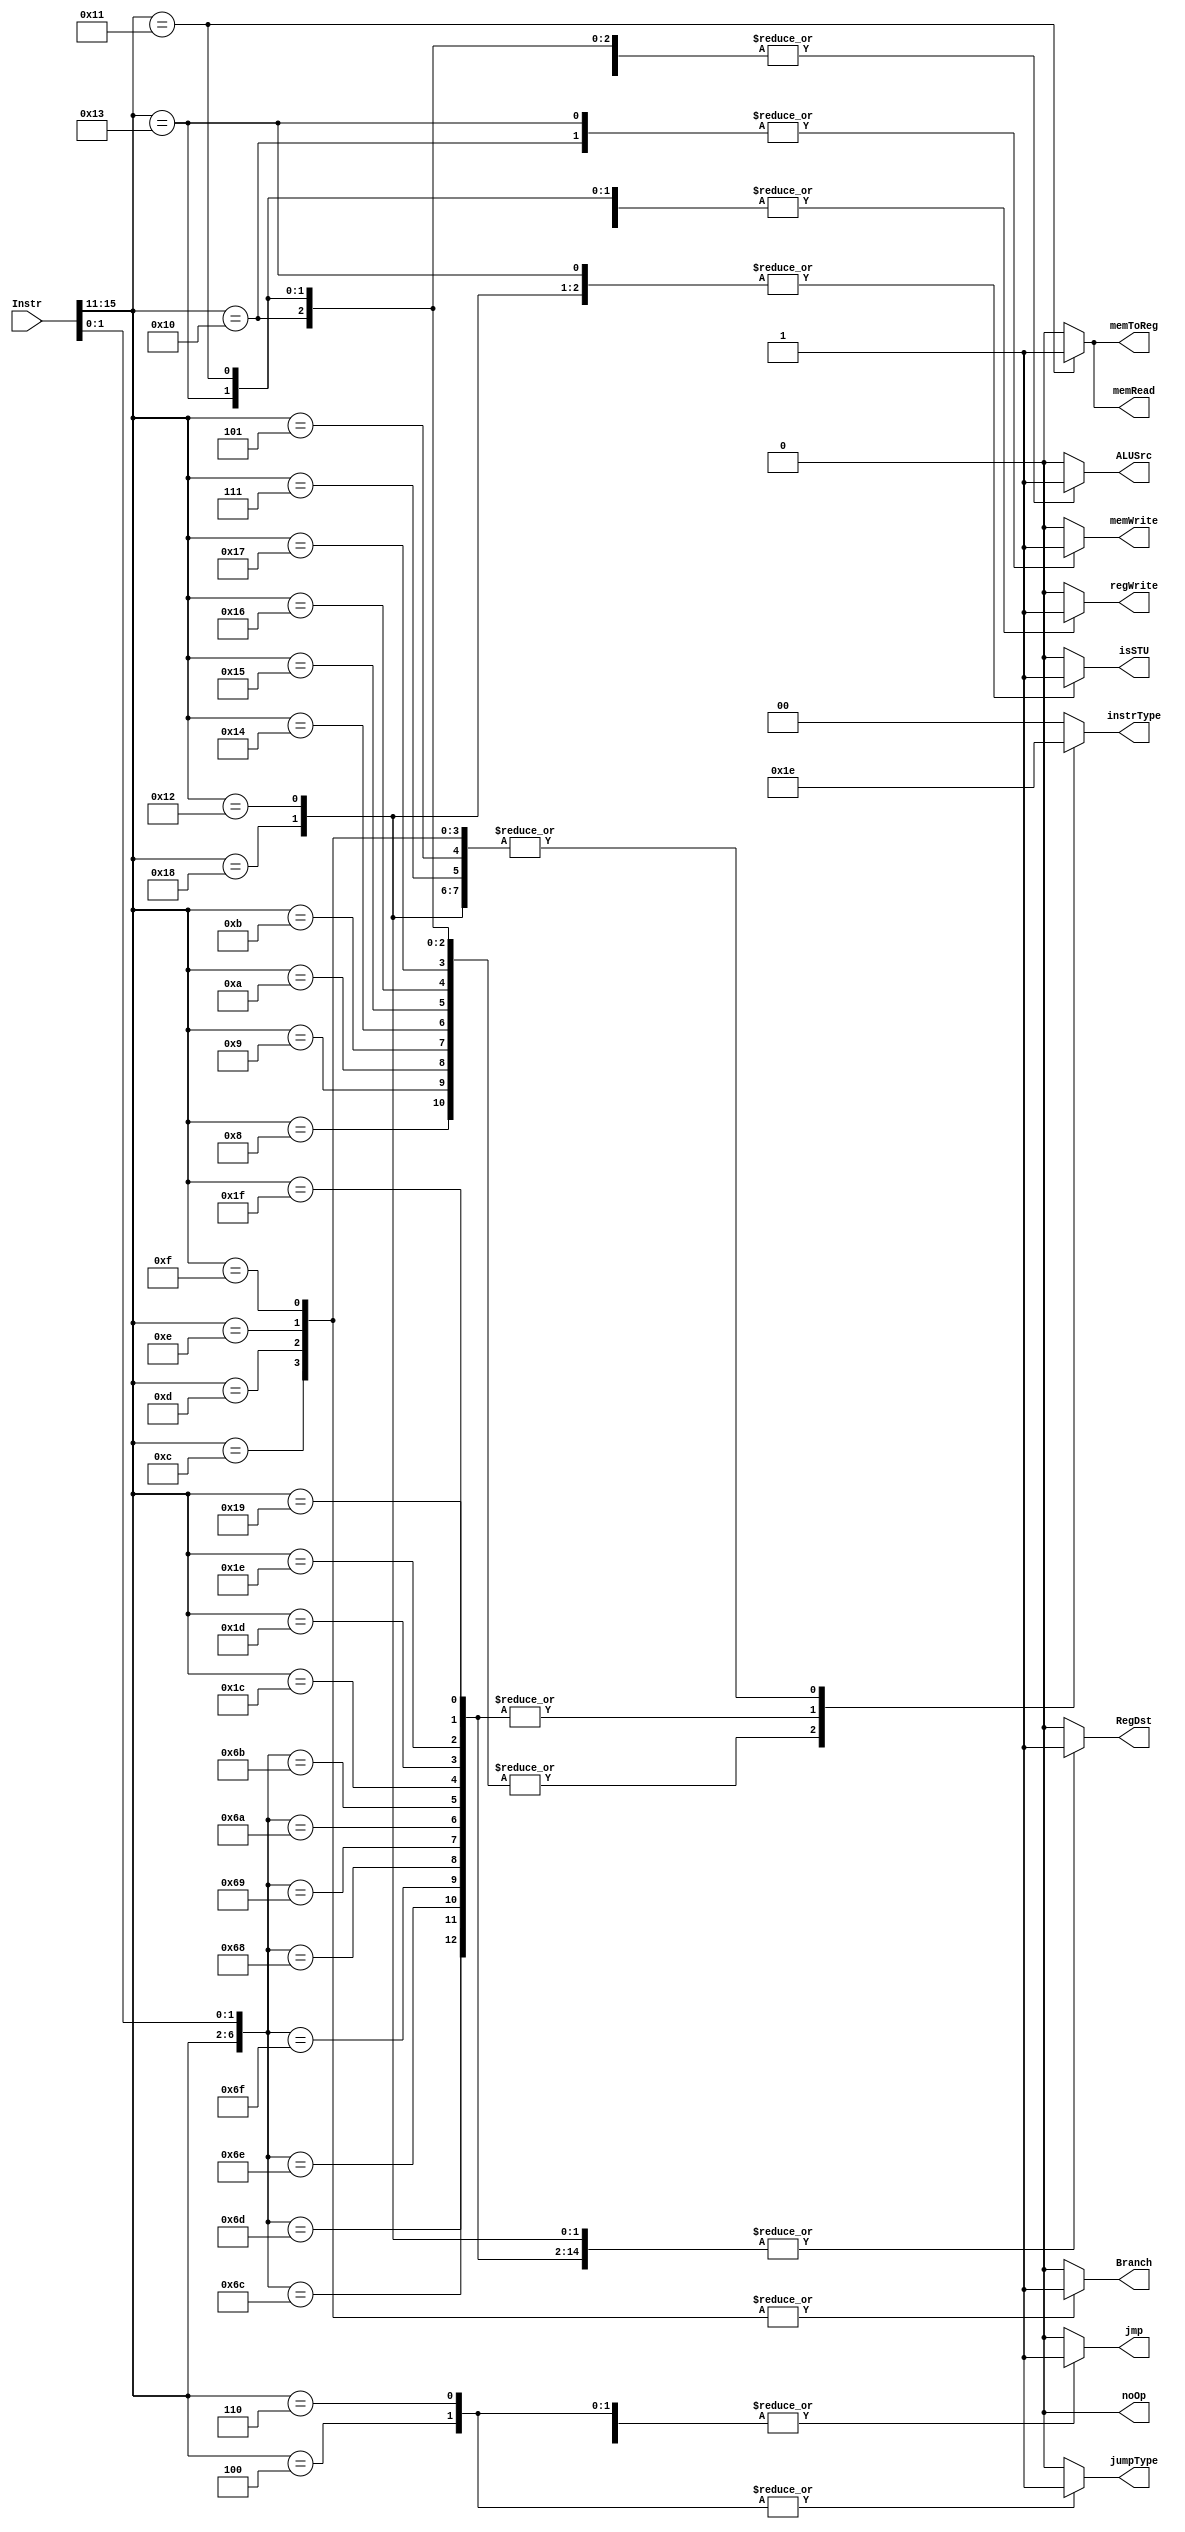
module control(Instr, jumpType, regWrite, RegDst, isSTU, jmp, Branch, memWrite, memRead, memToReg, ALUSrc, instrType, noOp);

	input [15:0] Instr;
	output reg jumpType, regWrite, RegDst, isSTU, jmp, Branch, memWrite, memRead, memToReg, ALUSrc, noOp;
	output reg [1:0] instrType;
	
	always @(*) begin
			
		//LBI = 1'b0;
		jumpType = 1'b0;
		regWrite = 1'b0;
		RegDst = 1'b0;
		isSTU = 1'b0;
		jmp = 1'b0;
		Branch = 1'b0;
		memWrite = 1'b0;
		memRead = 1'b0;
		memToReg = 1'b0;
		ALUSrc = 1'b0;
		noOp = 1'b0;
		//SLBI = 1'b0;
		instrType = 2'b00;
			
		casex({Instr[15:11], Instr[1:0]})
			// BEGIN I-FORMAT 1: encoding 2'b01
			// ADDI
			7'b0_1000_xx: begin
			
				instrType = 2'b01;
				//LBI = 1'b0;
				jumpType = 1'b0;
				regWrite = 1'b1;
				RegDst = 1'b0;
				isSTU = 1'b0;
				jmp = 1'b0;
				Branch = 1'b0;
				memWrite = 1'b0;
				memRead = 1'b0;
				memToReg = 1'b0;
				ALUSrc = 1'b1;
				noOp = 1'b0;
				//SLBI = 1'b0;					
			end
			
			//SUBI
			7'b0_1001_xx: begin
			
				instrType = 2'b01;
				//LBI = 1'b0;
				jumpType = 1'b0;
				regWrite = 1'b1;
				RegDst = 1'b0;
				isSTU = 1'b0;
				jmp = 1'b0;
				Branch = 1'b0;
				memWrite = 1'b0;
				memRead = 1'b0;
				memToReg = 1'b0;
				ALUSrc = 1'b1;
				noOp = 1'b0;
				//SLBI = 1'b0;

			end
			
			//XORI
			7'b0_1010_xx: begin
				instrType = 2'b01;
				//LBI = 1'b0;
				jumpType = 1'b0;
				regWrite = 1'b1;
				RegDst = 1'b0;
				isSTU = 1'b0;
				jmp = 1'b0;
				Branch = 1'b0;
				memWrite = 1'b0;
				memRead = 1'b0;
				memToReg = 1'b0;
				ALUSrc = 1'b1;
				noOp = 1'b0;
				//SLBI = 1'b0;
			end

			//ANDNI
			7'b0_1011_xx: begin
				instrType = 2'b01;
				//LBI = 1'b0;
				jumpType = 1'b0;
				regWrite = 1'b1;
				RegDst = 1'b0;
				isSTU = 1'b0;
				jmp = 1'b0;
				Branch = 1'b0;
				memWrite = 1'b0;
				memRead = 1'b0;
				memToReg = 1'b0;
				ALUSrc = 1'b1;
				noOp = 1'b0;
				//SLBI = 1'b0;
			end	

			//ROLI
			7'b1_0100_xx: begin
				instrType = 2'b01;
				//LBI = 1'b0;
				jumpType = 1'b0;
				regWrite = 1'b1;
				RegDst = 1'b0;
				isSTU = 1'b0;
				jmp = 1'b0;
				Branch = 1'b0;
				memWrite = 1'b0;
				memRead = 1'b0;
				memToReg = 1'b0;
				ALUSrc = 1'b1;
				noOp = 1'b0;
				//SLBI = 1'b0;
			end	

			//SLLI
			7'b1_0101_xx: begin
				instrType = 2'b01;
				//LBI = 1'b0;
				jumpType = 1'b0;
				regWrite = 1'b1;
				RegDst = 1'b0;
				isSTU = 1'b0;
				jmp = 1'b0;
				Branch = 1'b0;
				memWrite = 1'b0;
				memRead = 1'b0;
				memToReg = 1'b0;
				ALUSrc = 1'b1;
				noOp = 1'b0;
				//SLBI = 1'b0;
			end	

			//RORI
			7'b1_0110_xx: begin
				instrType = 2'b01;
				//LBI = 1'b0;
				jumpType = 1'b0;
				regWrite = 1'b1;
				RegDst = 1'b0;
				isSTU = 1'b0;
				jmp = 1'b0;
				Branch = 1'b0;
				memWrite = 1'b0;
				memRead = 1'b0;
				memToReg = 1'b0;
				ALUSrc = 1'b1;
				noOp = 1'b0;
				//SLBI = 1'b0;
			end

			//SRLI
			7'b1_0111_xx: begin
				instrType = 2'b01;
				//LBI = 1'b0;
				jumpType = 1'b0;
				regWrite = 1'b1;
				RegDst = 1'b0;
				isSTU = 1'b0;
				jmp = 1'b0;
				Branch = 1'b0;
				memWrite = 1'b0;
				memRead = 1'b0;
				memToReg = 1'b0;
				ALUSrc = 1'b1;
				noOp = 1'b0;
				//SLBI = 1'b0;
			end

			//ST
			7'b1_0000_xx: begin
				instrType = 2'b01;
				//LBI = 1'b0;
				jumpType = 1'b0;
				regWrite = 1'b0;
				RegDst = 1'b0;
				isSTU = 1'b0;
				jmp = 1'b0;
				Branch = 1'b0;
				memWrite = 1'b1;
				memRead = 1'b0;
				memToReg = 1'b0;
				ALUSrc = 1'b1;
				noOp = 1'b0;
				//SLBI = 1'b0;
			end

			//LD
			7'b1_0001_xx: begin
				instrType = 2'b01;
				//LBI = 1'b0;
				jumpType = 1'b0;
				regWrite = 1'b1;
				RegDst = 1'b0;
				isSTU = 1'b0;
				jmp = 1'b0;
				Branch = 1'b0;
				memWrite = 1'b0;
				memRead = 1'b1;
				memToReg = 1'b1;
				ALUSrc = 1'b1;
				noOp = 1'b0;
				//SLBI = 1'b0;
			end

			//STU
			7'b1_0011_xx: begin
				instrType = 2'b01;
				//LBI = 1'b0;
				jumpType = 1'b0;
				regWrite = 1'b1;
				RegDst = 1'b0;
				isSTU = 1'b1;
				jmp = 1'b0;
				Branch = 1'b0;
				memWrite = 1'b1;
				memRead = 1'b0;
				memToReg = 1'b0;
				ALUSrc = 1'b1;
				noOp = 1'b0;
				//SLBI = 1'b0;
			end
	
			
			//BEGIN R FORMAT: 2'b11
			//ADD
			7'b1_1011_00: begin
				instrType = 2'b11;
				//LBI = 1'b0;
				jumpType = 1'b0;
				regWrite = 1'b1;
				RegDst = 1'b1;
				isSTU = 1'b0;
				jmp = 1'b0;
				Branch = 1'b0;
				memWrite = 1'b0;
				memRead = 1'b0;
				memToReg = 1'b0;
				ALUSrc = 1'b0;
				noOp = 1'b0;
				//SLBI = 1'b0;	
			end

			//SUB
			7'b1_1011_01: begin
				instrType = 2'b11;
				//LBI = 1'b0;
				jumpType = 1'b0;
				regWrite = 1'b1;
				RegDst = 1'b1;
				isSTU = 1'b0;
				jmp = 1'b0;
				Branch = 1'b0;
				memWrite = 1'b0;
				memRead = 1'b0;
				memToReg = 1'b0;
				ALUSrc = 1'b0;
				noOp = 1'b0;
				//SLBI = 1'b0;
			end

			//XOR
			7'b1_1011_10: begin
				instrType = 2'b11;
				//LBI = 1'b0;
				jumpType = 1'b0;
				regWrite = 1'b1;
				RegDst = 1'b1;
				isSTU = 1'b0;
				jmp = 1'b0;
				Branch = 1'b0;
				memWrite = 1'b0;
				memRead = 1'b0;
				memToReg = 1'b0;
				ALUSrc = 1'b0;
				noOp = 1'b0;
				//SLBI = 1'b0;
			end

			//ANDN
			7'b1_1011_11: begin
				instrType = 2'b11;
				//LBI = 1'b0;
				jumpType = 1'b0;
				regWrite = 1'b1;
				RegDst = 1'b1;
				isSTU = 1'b0;
				jmp = 1'b0;
				Branch = 1'b0;
				memWrite = 1'b0;
				memRead = 1'b0;
				memToReg = 1'b0;
				ALUSrc = 1'b0;
				noOp = 1'b0;
				//SLBI = 1'b0;
			end

	


			//BEGIN R FORMAT: 2'b11
			//ROL
			7'b1_1010_00: begin
				instrType = 2'b11;
				//LBI = 1'b0;
				jumpType = 1'b0;
				regWrite = 1'b1;
				RegDst = 1'b1;
				isSTU = 1'b0;
				jmp = 1'b0;
				Branch = 1'b0;
				memWrite = 1'b0;
				memRead = 1'b0;
				memToReg = 1'b0;
				ALUSrc = 1'b0;
				noOp = 1'b0;
				//SLBI = 1'b0;
			end
			
			//SLL
			7'b1_1010_01: begin
				instrType = 2'b11;
				//LBI = 1'b0;
				jumpType = 1'b0;
				regWrite = 1'b1;
				RegDst = 1'b1;
				isSTU = 1'b0;
				jmp = 1'b0;
				Branch = 1'b0;
				memWrite = 1'b0;
				memRead = 1'b0;
				memToReg = 1'b0;
				ALUSrc = 1'b0;
				noOp = 1'b0;
				//SLBI = 1'b0;
			end

			//ROR
			7'b1_1010_10: begin
				instrType = 2'b11;
				//LBI = 1'b0;
				jumpType = 1'b0;
				regWrite = 1'b1;
				RegDst = 1'b1;
				isSTU = 1'b0;
				jmp = 1'b0;
				Branch = 1'b0;
				memWrite = 1'b0;
				memRead = 1'b0;
				memToReg = 1'b0;
				ALUSrc = 1'b0;
				noOp = 1'b0;
				//SLBI = 1'b0;
			end

			//SRL
			7'b1_1010_11: begin
				instrType = 2'b11;
				//LBI = 1'b0;
				jumpType = 1'b0;
				regWrite = 1'b1;
				RegDst = 1'b1;
				isSTU = 1'b0;
				jmp = 1'b0;
				Branch = 1'b0;
				memWrite = 1'b0;
				memRead = 1'b0;
				memToReg = 1'b0;
				ALUSrc = 1'b0;
				noOp = 1'b0;
				//SLBI = 1'b0;
			end
		
			//SEQ
			7'b1_1100_xx: begin
				instrType = 2'b11;
				//LBI = 1'b0;
				jumpType = 1'b0;
				regWrite = 1'b1;
				RegDst = 1'b1;
				isSTU = 1'b0;
				jmp = 1'b0;
				Branch = 1'b0;
				memWrite = 1'b0;
				memRead = 1'b0;
				memToReg = 1'b0;
				ALUSrc = 1'b0;
				noOp = 1'b0;
				//SLBI = 1'b0;
			end

			//SLT
			7'b1_1101_xx: begin
				instrType = 2'b11;
				//LBI = 1'b0;
				jumpType = 1'b0;
				regWrite = 1'b1;
				RegDst = 1'b1;
				isSTU = 1'b0;
				jmp = 1'b0;
				Branch = 1'b0;
				memWrite = 1'b0;
				memRead = 1'b0;
				memToReg = 1'b0;
				ALUSrc = 1'b0;
				noOp = 1'b0;
				//SLBI = 1'b0;
			end

			//SLE
			7'b1_1110_xx: begin
				instrType = 2'b11;
				//LBI = 1'b0;
				jumpType = 1'b0;
				regWrite = 1'b1;
				RegDst = 1'b1;
				isSTU = 1'b0;
				jmp = 1'b0;
				Branch = 1'b0;
				memWrite = 1'b0;
				memRead = 1'b0;
				memToReg = 1'b0;
				ALUSrc = 1'b0;
				noOp = 1'b0;
				//SLBI = 1'b0;
			end

			//SCO
			7'b1_1111_xx: begin
				instrType = 2'b11;
				//LBI = 1'b0;
				jumpType = 1'b0;
				regWrite = 1'b1;
				RegDst = 1'b1;
				isSTU = 1'b0;
				jmp = 1'b0;
				Branch = 1'b0;
				memWrite = 1'b0;
				memRead = 1'b0;
				memToReg = 1'b0;
				ALUSrc = 1'b0;
				noOp = 1'b0;
				//SLBI = 1'b0;
			end

			//BTR
			7'b1_1001_xx: begin
				instrType = 2'b11;
				//LBI = 1'b0;
				jumpType = 1'b0;
				regWrite = 1'b1;
				RegDst = 1'b1;
				isSTU = 1'b0;
				jmp = 1'b0;
				Branch = 1'b0;
				memWrite = 1'b0;
				memRead = 1'b0;
				memToReg = 1'b0;
				ALUSrc = 1'b0;
				noOp = 1'b0;
				//SLBI = 1'b0;
			end

			//BEGIN I-2 FORMAT: encoding 2'b10

			//LBI
			7'b1_1000_xx: begin
		
				instrType = 2'b10;
				//LBI = 1'b0;
				jumpType = 1'b0;
				regWrite = 1'b1;
				RegDst = 1'b1;
				isSTU = 1'b1;
				jmp = 1'b0;
				Branch = 1'b0;
				memWrite = 1'b0;
				memRead = 1'b0;
				memToReg = 1'b0;
				ALUSrc = 1'b0;
				noOp = 1'b0;
				//SLBI = 1'b0;
			end

			//SLBI
			7'b1_0010_xx: begin
				instrType = 2'b10;
				//LBI = 1'b0;
				jumpType = 1'b0;
				regWrite = 1'b1;
				RegDst = 1'b1;
				isSTU = 1'b1;
				jmp = 1'b0;
				Branch = 1'b0;
				memWrite = 1'b0;
				memRead = 1'b0;
				memToReg = 1'b0;
				ALUSrc = 1'b0;
				noOp = 1'b0;
				//SLBI = 1'b0;
			end

			//BEQZ
			7'b0_1100_xx: begin
				instrType = 2'b10;
				//LBI = 1'b0;
				jumpType = 1'b0;
				regWrite = 1'b0;
				RegDst = 1'b0;
				isSTU = 1'b0;
				jmp = 1'b0;
				Branch = 1'b1;
				memWrite = 1'b0;
				memRead = 1'b0;
				memToReg = 1'b0;
				ALUSrc = 1'b1;
				noOp = 1'b0;
				//SLBI = 1'b0;
			end

			//BNEZ
			7'b0_1101_xx: begin
				instrType = 2'b10;
				//LBI = 1'b0;
				jumpType = 1'b0;
				regWrite = 1'b0;
				RegDst = 1'b0;
				isSTU = 1'b0;
				jmp = 1'b0;
				Branch = 1'b1;
				memWrite = 1'b0;
				memRead = 1'b0;
				memToReg = 1'b0;
				ALUSrc = 1'b1;
				noOp = 1'b0;
				//SLBI = 1'b0;
			end	
			
			//BLTZ
			7'b0_1110_xx: begin
				instrType = 2'b10;
				//LBI = 1'b0;
				jumpType = 1'b0;
				regWrite = 1'b0;
				RegDst = 1'b0;
				isSTU = 1'b0;
				jmp = 1'b0;
				Branch = 1'b1;
				memWrite = 1'b0;
				memRead = 1'b0;
				memToReg = 1'b0;
				ALUSrc = 1'b1;
				noOp = 1'b0;
				//SLBI = 1'b0;
			end
		
			//BGEZ
			7'b0_1111_xx: begin
				instrType = 2'b10;
				//LBI = 1'b0;
				jumpType = 1'b0;
				regWrite = 1'b0;
				RegDst = 1'b0;
				isSTU = 1'b0;
				jmp = 1'b0;
				Branch = 1'b1;
				memWrite = 1'b0;
				memRead = 1'b0;
				memToReg = 1'b0;
				ALUSrc = 1'b1;
				noOp = 1'b0;
				//SLBI = 1'b0;
			end

			//JALR
			7'b0_0111_xx: begin
				instrType = 2'b10;
				//LBI = 1'b0;
				jumpType = 1'b0;
				regWrite = 1'b1;
				RegDst = 1'b0;
				isSTU = 1'b0;
				jmp = 1'b1;
				Branch = 1'b0;
				memWrite = 1'b0;
				memRead = 1'b0;
				memToReg = 1'b0;
				ALUSrc = 1'b1;
				noOp = 1'b0;
				//SLBI = 1'b0;
				
			end

			//JR
			7'b0_0101_xx: begin
				instrType = 2'b10;
				//LBI = 1'b0;
				jumpType = 1'b0;
				regWrite = 1'b0;
				RegDst = 1'b0;
				isSTU = 1'b0;
				jmp = 1'b1;
				Branch = 1'b0;
				memWrite = 1'b0;
				memRead = 1'b0;
				memToReg = 1'b0;
				ALUSrc = 1'b1;
				noOp = 1'b0;
				//SLBI = 1'b0;
				
			end

			//BEGIN J-FORMAT: encoding 2'b00
			
			//J
			7'b0_0100_xx: begin
				instrType = 2'b00;
				//LBI = 1'b0;
				jumpType = 1'b1;
				regWrite = 1'b0;
				RegDst = 1'b0;
				isSTU = 1'b0;
				jmp = 1'b1;
				Branch = 1'b0;
				memWrite = 1'b0;
				memRead = 1'b0;
				memToReg = 1'b0;
				ALUSrc = 1'b0;
				noOp = 1'b0;
				//SLBI = 1'b0;
			end

			//JAL
			7'b0_0110_xx: begin
				instrType = 2'b00;
				//LBI = 1'b0;
				jumpType = 1'b1;
				regWrite = 1'b1;
				RegDst = 1'b0;
				isSTU = 1'b0;
				jmp = 1'b1;
				Branch = 1'b0;
				memWrite = 1'b0;
				memRead = 1'b0;
				memToReg = 1'b0;
				ALUSrc = 1'b0;
				noOp = 1'b0;
				//SLBI = 1'b0;
			end

			//NOP
			7'b0_0001_xx: begin
				instrType = 2'b00;
				//LBI = 1'b0;
				jumpType = 1'b0;
				regWrite = 1'b0;
				RegDst = 1'b0;
				isSTU = 1'b0;
				jmp = 1'b0;
				Branch = 1'b0;
				memWrite = 1'b0;
				memRead = 1'b0;
				memToReg = 1'b0;
				ALUSrc = 1'b0;
				noOp = 1'b0;
				//SLBI = 1'b0;
			end

		endcase
		
	end

	
endmodule